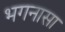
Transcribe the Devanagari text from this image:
भगनासा